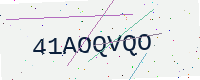
Text: 41AOQVQO